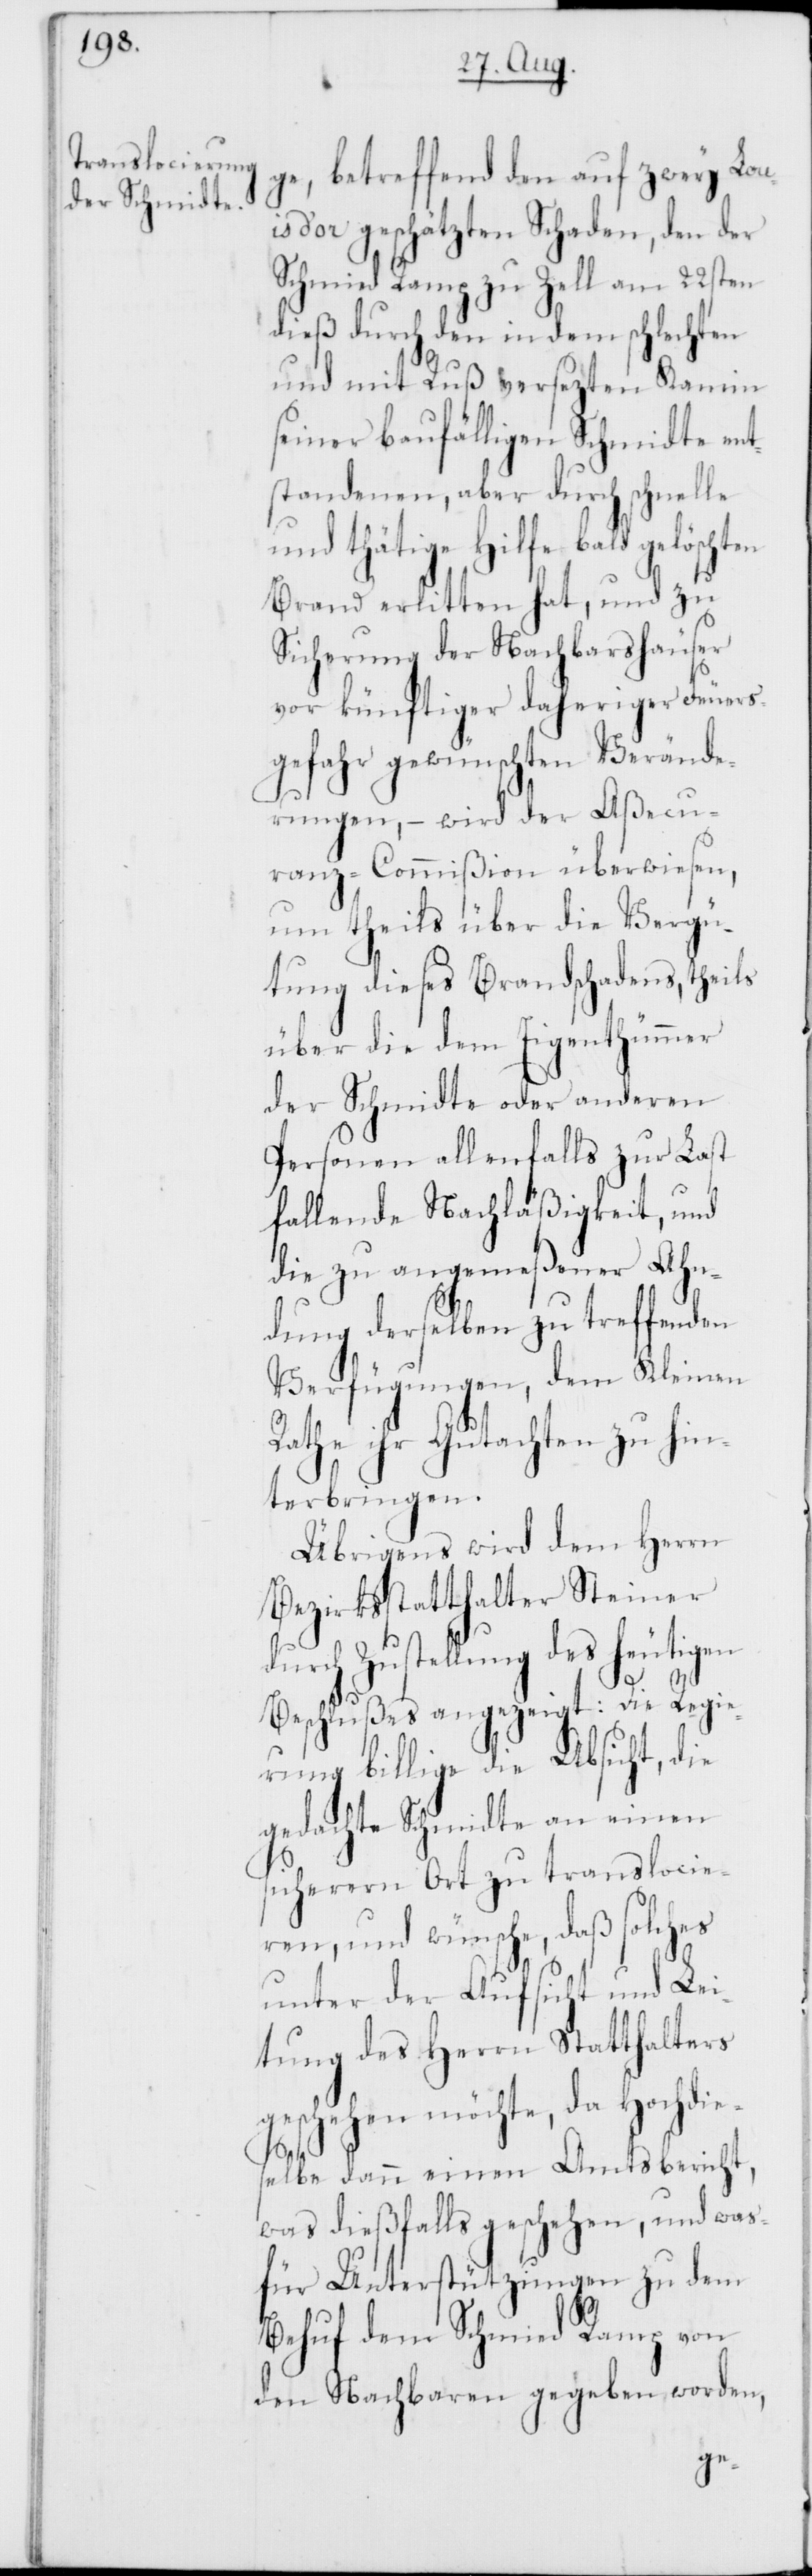
ge, betreffend den auf zwey Loui¬
s d’or geschätzten Schaden, den der
Schmied Ramp zu Zell am 22sten
dieß durch den in dem schlechten
und mit Ruß versezten Kamin
seiner baufälligen Schmidte ent¬
standenen, aber durch schnelle
und thätige Hilfe bald gelöschten
Brand erlitten hat, und zu
Sicherung der Nachbarshäuser
vor künftiger daheriger Feuers¬
gefahr gewünschten Verände¬
rungen, – wird der Aßecu¬
ranz-Commißion überwiesen,
um theils über die Vergü¬
tung dieses Brandschadens, theils
über die dem Eigenthümmer
der Schmidte oder anderen
Personen allenfalls zur Last
fallende Nachläßigkeit, und
die zu angemeßener Ahn¬
dung derselben zu treffenden
Verfügungen, dem Kleinen
Rathe ihr Gutachten zu hin¬
terbringen.
Übrigens wird dem Herrn
Bezirksstatthalter Steiner
durch Zustellung des heutigen
Beschlußes angezeigt: Die Regie¬
rung billige die Absicht, die
gedachte Schmidte an einen
sicheren Ort zu translocie¬
ren und wünsche, daß solches
unter der Aufsicht und Lei¬
tung des Herrn Statthalters
geschehen möchte, da Hochdie¬
selbe dann einen Amtsbericht,
was dießfalls geschehen, und was
für Unterstützungen zu dem
Behuf dem Schmied Ramp von
den Nachbaren gegeben worden,